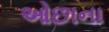
ઓછાના